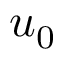
u _ { 0 }